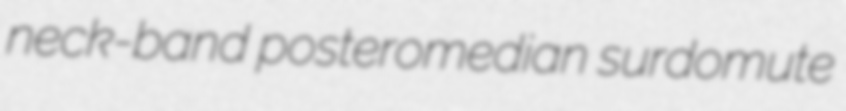
neck-band posteromedian surdomute